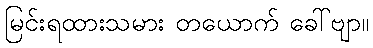
မြင်းရထားသမား တယောက် ခေါ်ဗျာ။